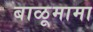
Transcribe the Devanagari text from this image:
बाळूमामा